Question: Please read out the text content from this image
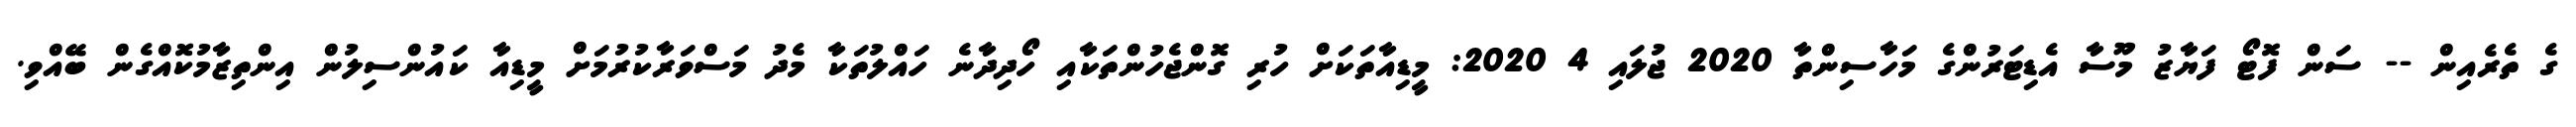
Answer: ގެ ތެރެއިން -- ސަން ފޮޓޯ ފަޔާޒު މޫސާ އެޑިޓަރުންގެ މަހާސިންތާ 2020 ޖުލައި 4 2020: މީޑިއާތަކަށް ހުރި ގޮންޖެހުންތަކާއި ހޯދިދާނެ ހައްލުތަކާ މެދު މަސްވަރާކުރުމަށް މީޑިއާ ކައުންސިލުން އިންތިޒާމުކޮއްގެން ބޭއްވި.